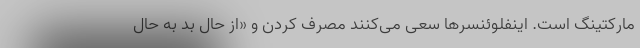
مارکتینگ است. اینفلوئنسرها سعی می‌کنند مصرف کردن و «از حال بد به حال